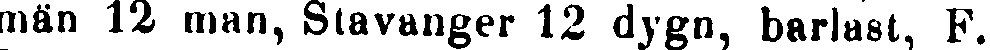
män 12 man, Stavanger 12 dygn, barlast, F.